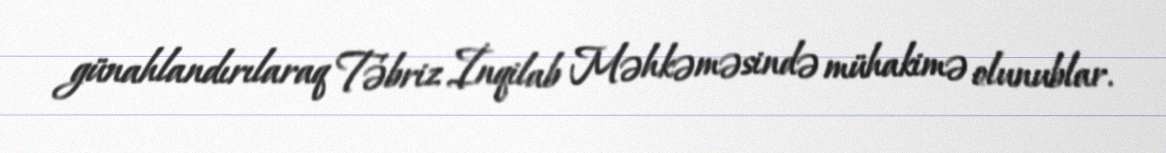
günahlandırılaraq Təbriz İnqilab Məhkəməsində mühakimə olunublar.